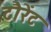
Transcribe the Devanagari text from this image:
टौरेंट